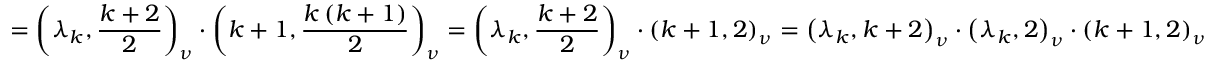
= \left( \lambda _ { k } , \frac { k + 2 } { 2 } \right) _ { \nu } \cdot \left( k + 1 , \frac { k \left( k + 1 \right) } { 2 } \right) _ { \nu } = \left( \lambda _ { k } , \frac { k + 2 } { 2 } \right) _ { \nu } \cdot \left( k + 1 , 2 \right) _ { \nu } = \left( \lambda _ { k } , k + 2 \right) _ { \nu } \cdot \left( \lambda _ { k } , 2 \right) _ { \nu } \cdot \left( k + 1 , 2 \right) _ { \nu }